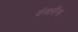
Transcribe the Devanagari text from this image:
वंजारीना